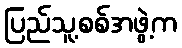
ပြည်သူ့စစ်အဖွဲ့က